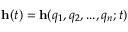
\mathbf { h } ( t ) = \mathbf { h } ( q _ { 1 } , q _ { 2 } , . . . , q _ { n } ; t )